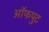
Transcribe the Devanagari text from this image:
ऑफपुट